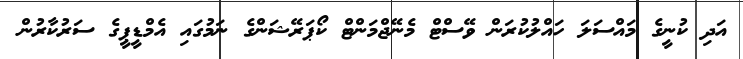
އަދި ކުނީގެ މައްސަލަ ހައްލުކުރަން ވޭސްޓް މެނޭޖްމަންޓް ކޯޕަރޭޝަންގެ ނަމުގައި އެމްޑީޕީގެ ސަރުކާރުން